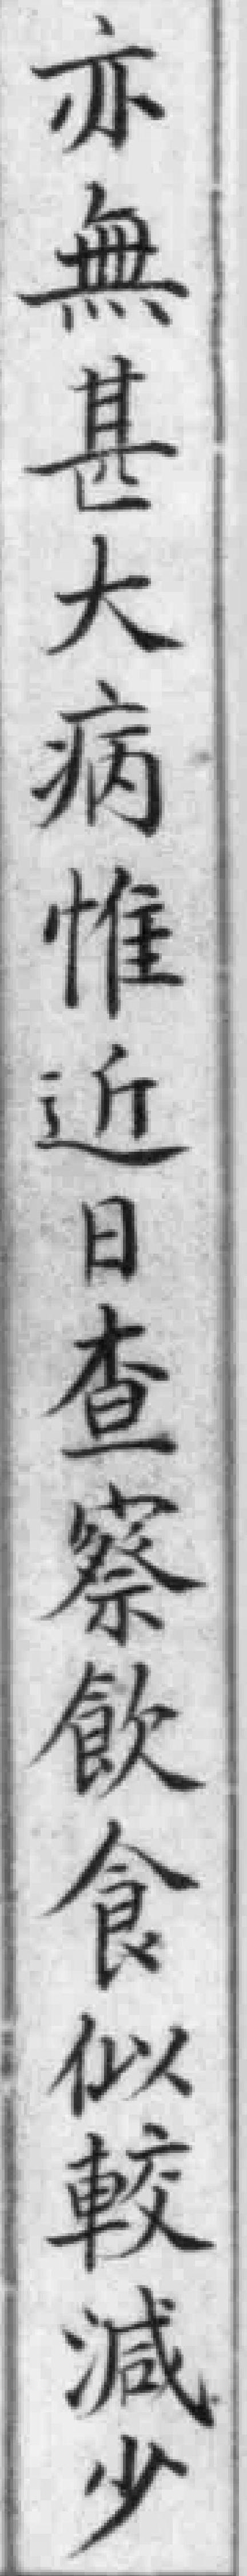
亦無甚大病惟近日查察飲食似較減少